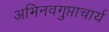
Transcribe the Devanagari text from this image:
अभिनवगुप्ताचार्य